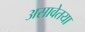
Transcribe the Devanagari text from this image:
असावेतया